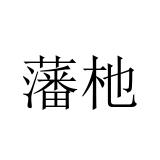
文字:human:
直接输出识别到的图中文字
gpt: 藩杝